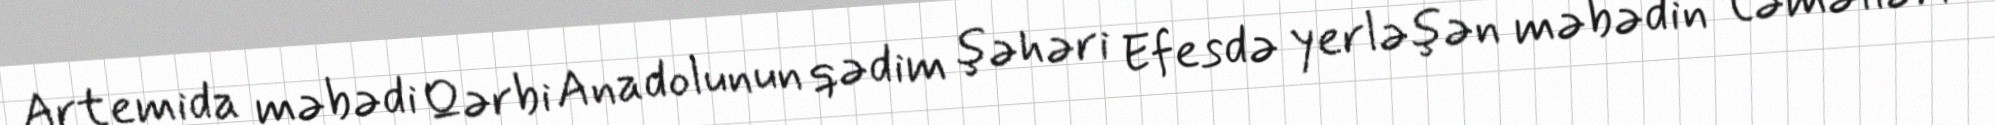
Artemida məbədi Qərbi Anadolunun qədim şəhəri Efesdə yerləşən məbədin təməlləri